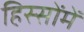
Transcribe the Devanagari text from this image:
हिस्सोंमें